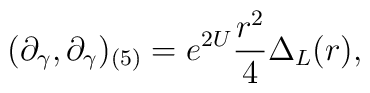
(\partial_{\gamma},\partial_{\gamma})_{(5)}=e^{2U}\frac{r^{2}}{4}\Delta_{L}(r),